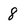
Character: 8